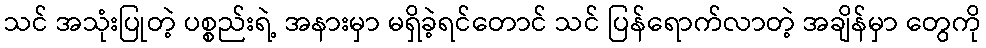
သင် အသုံးပြုတဲ့ ပစ္စည်းရဲ့ အနားမှာ မရှိခဲ့ရင်တောင် သင် ပြန်ရောက်လာတဲ့ အချိန်မှာ တွေကို